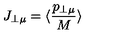
J _ { \perp \mu } = \langle \frac { p _ { \perp \mu } } { M } \rangle